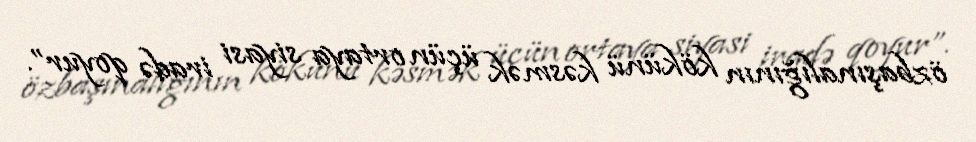
özbaşınalığının kökünü kəsmək üçün ortaya siyasi iradə qoyur”.